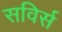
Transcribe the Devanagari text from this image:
सविर्स